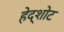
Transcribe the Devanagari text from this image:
हेद्शोट